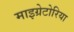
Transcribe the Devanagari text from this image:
माइग्रेटोरिया